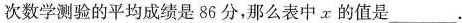
次数学测验的平均成绩是86分，那么表中x的值是___。